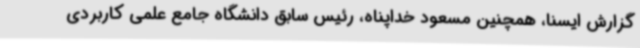
گزارش ایسنا، همچنین مسعود خداپناه، رئیس سابق دانشگاه جامع علمی کاربردی